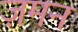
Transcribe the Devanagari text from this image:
ज़मन